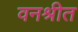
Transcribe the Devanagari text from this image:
वनश्रीत